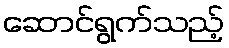
ဆောင်ရွက်သည့်